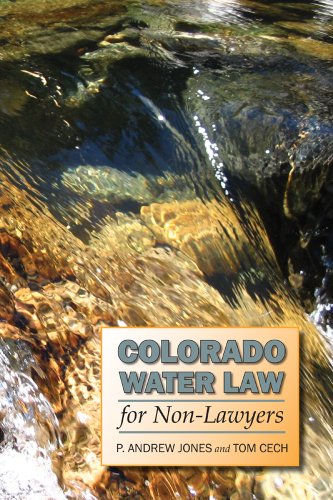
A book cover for Colorado Water Law for Non-Lawyers; P. Andrew Jones; Law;